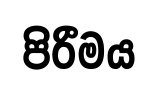
පිරීමය